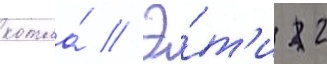
котла́ // Э́т'и 2